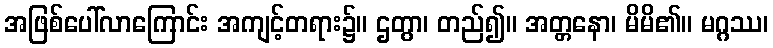
အဖြစ်ပေါ်လာကြောင်း အကျင့်တရား၌။ ဌတွာ၊ တည်၍။ အတ္တနော၊ မိမိ၏။ မဂ္ဂဿ၊